Scottish Leaving Certificate Examination, 1959
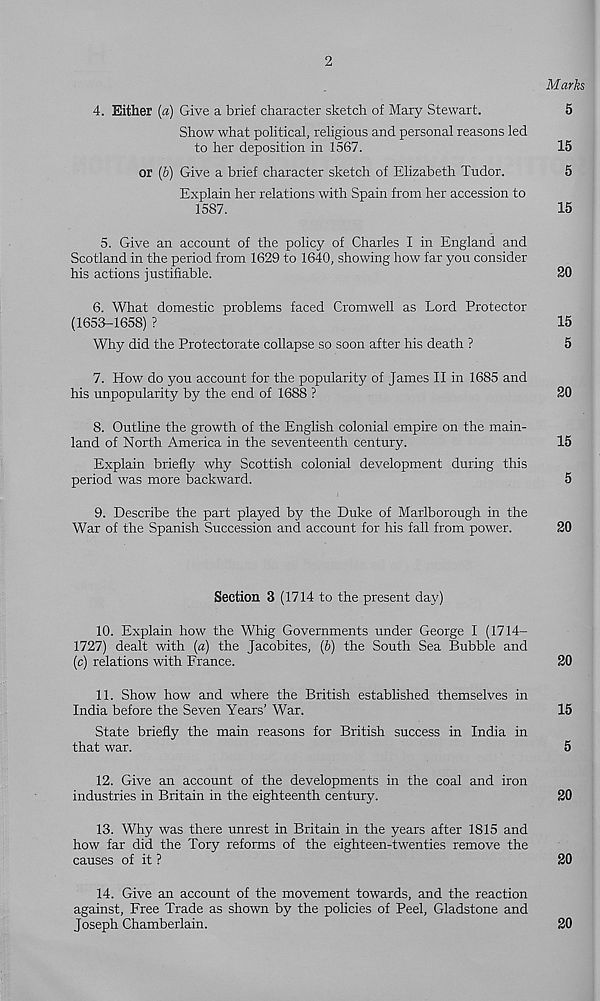
2
Marks
4.
Either [a) Give a brief character sketch of M
Show what political, religious and personal reasons led
to her deposition in 1567.
15
or (b) Give a brief character sketch of Elizabeth Tudor.
5
Explain her relations with Spain from her accession to
1587.
15
5.
Give an account of the policy of Char
Scotland in the period from 1629 to 1640, showing how far you consider
his actions justifiable.
20
6. What domestic problems faced Cromwell as Lord Protector
(1653-1658) ?
15
Why did the Protectorate collapse so soon after his death ?
5
7. How do you account for the popularity of James II in 1685 and
his unpopularity by the end of 1688 ?
20
8. Outline the growth of the English colonial empire on the main-
land of North America in the seventeenth century.
15
Explain briefly why Scottish colonial development during this
period was more backward.
5
9. Describe the part played by the Duke of Marlborough in the
War of the Spanish Succession and account for his fall from power.
20
Section 3 (1714 to the present day)
10. Explain how the Whig Governments under George I (1714-
1727) dealt with (a) the Jacobites, (b) the South Sea Bubble and
(c) relations with France.
20
11. Show how and where the British established themselves in
India before the Seven Years’ War.
15
State briefly the main reasons for British success in India in
that war.
5
12. Give an account of the developments in the coal and iron
industries in Britain in the eighteenth century.
20
13. Why was there unrest in Britain in the years after 1815 and
how far did the Tory reforms of the eighteen-twenties remove the
causes of it ?
20
14. Give an account of the movement towards, and the reaction
against, Free Trade as shown by the policies of Peel, Gladstone and
Joseph Chamberlain.
20